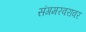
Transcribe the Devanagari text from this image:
संगमरवरावर